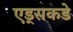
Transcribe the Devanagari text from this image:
एड्‌सकडे